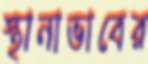
স্থানাভাবের